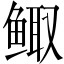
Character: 鲰